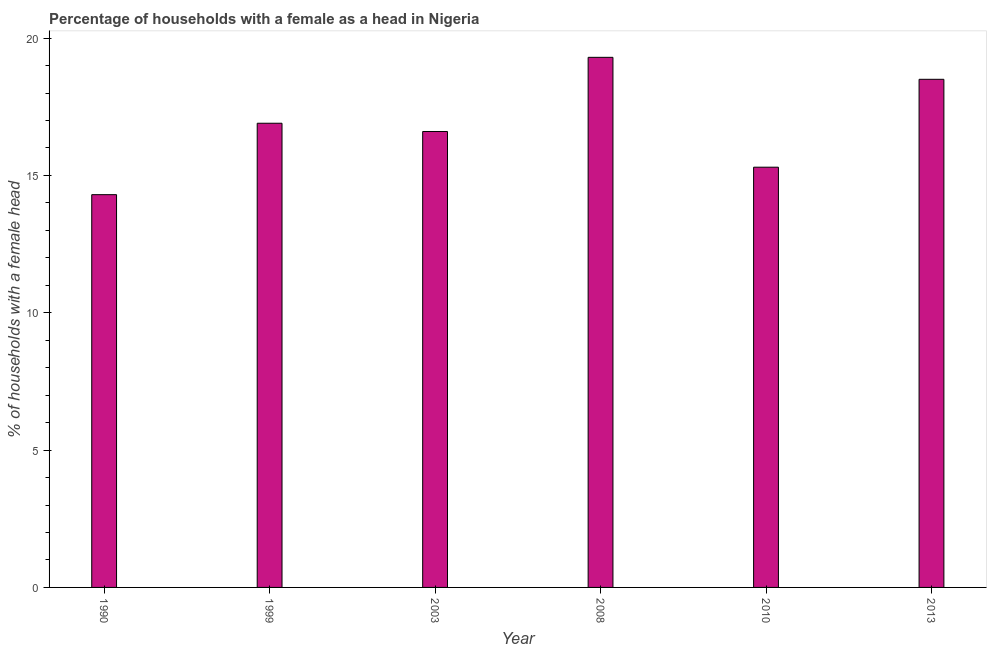
| Year | Female headed households |
 | --- | --- |
 | 1990 | 14.3 |
 | 1999 | 16.9 |
 | 2003 | 16.6 |
 | 2008 | 19.3 |
 | 2010 | 15.3 |
 | 2013 | 18.5 |